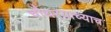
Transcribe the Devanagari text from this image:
चौथर्‍याच्याच